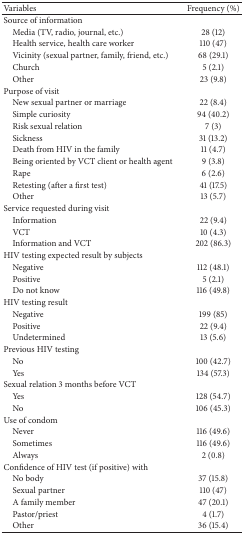
| Variables | Frequency (%) |
 | --- | --- |
 | Source of information |  |
 | Media (TV, radio, journal, etc.) | 28 (12) |
 | Health service, health care worker | 110 (47) |
 | Vicinity (sexual partner, family, friend, etc.) | 68 (29.1) |
 | Church | 5 (2.1) |
 | Other | 23 (9.8) |
 | Purpose of visit |  |
 | New sexual partner or marriage | 22 (8.4) |
 | Simple curiosity | 94 (40.2) |
 | Risk sexual relation | 7 (3) |
 | Sickness | 31 (13.2) |
 | Death from HIV in the family | 11 (4.7) |
 | Being oriented by VCT client or health agent | 9 (3.8) |
 | Rape | 6 (2.6) |
 | Retesting (after a first test) | 41 (17.5) |
 | Other | 13 (5.7) |
 | Service requested during visit |  |
 | Information | 22 (9.4) |
 | VCT | 10 (4.3) |
 | Information and VCT | 202 (86.3) |
 | HIV testing expected result by subjects |  |
 | Negative | 112 (48.1) |
 | Positive | 5 (2.1) |
 | Do not know | 116 (49.8) |
 | HIV testing result |  |
 | Negative | 199 (85) |
 | Positive | 22 (9.4) |
 | Undetermined | 13 (5.6) |
 | Previous HIV testing |  |
 | No | 100 (42.7) |
 | Yes | 134 (57.3) |
 | Sexual relation 3 months before VCT |  |
 | Yes | 128 (54.7) |
 | No | 106 (45.3) |
 | Use of condom |  |
 | Never | 116 (49.6) |
 | Sometimes | 116 (49.6) |
 | Always | 2 (0.8) |
 | Confidence of HIV test (if positive) with |  |
 | No body | 37 (15.8) |
 | Sexual partner | 110 (47) |
 | A family member | 47 (20.1) |
 | Pastor/priest | 4 (1.7) |
 | Other | 36 (15.4) |